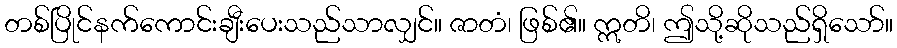
တစ်ပြိုင်နက်ကောင်းချီးပေးသည်သာလျှင်။ ဇာတံ၊ ဖြစ်၏။ ဣတိ၊ ဤသို့ဆိုသည်ရှိသော်။